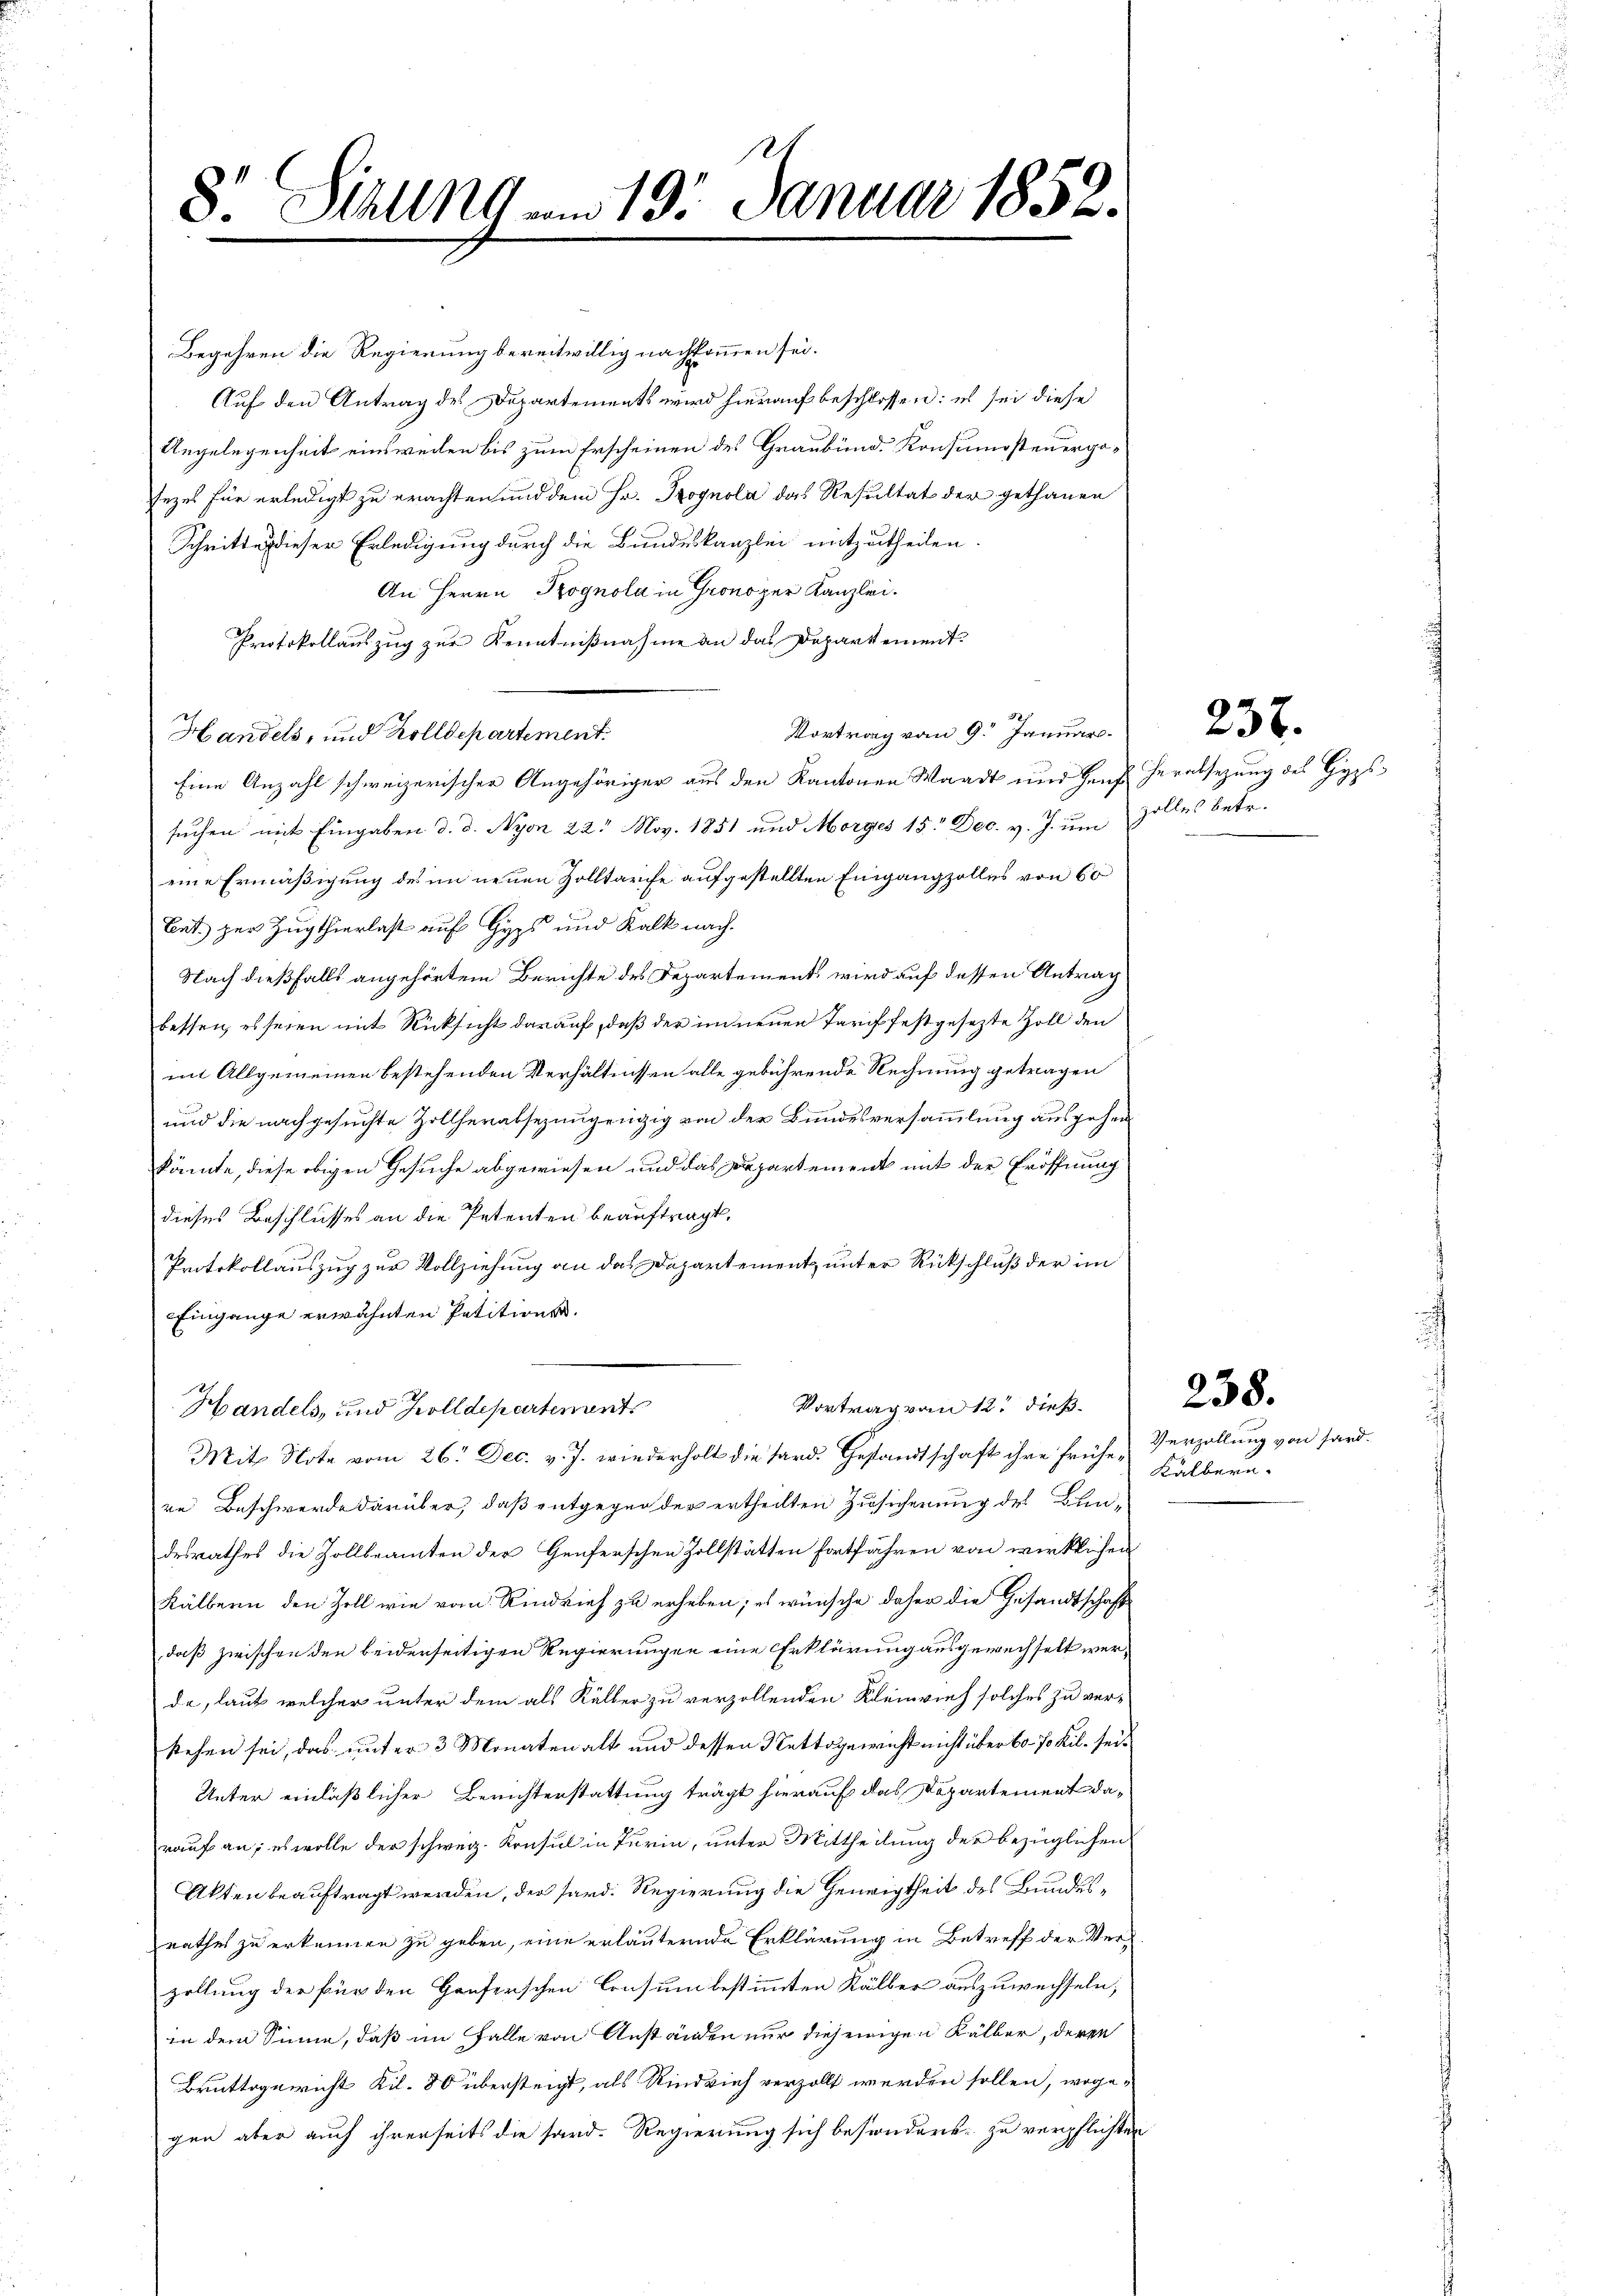
Ns
8 Sihl vom 19. Januar 1852.

Begehren die Regierung bereitwillig nachkommen sei.
Auf den Antrag des Departements wird hierauf beschlossen: es sei diese
Angelegenheit einsweilen bis zum Erscheinen des Graubünde Konsumsteuerposezes für erledigt zu erachten und dem Hr. Prognola das Resultat der gethanen
Schritten dieser Erledigung durch die Bundeskanzlei mitzutheilen.
An Herrn Rognola in Grono per Kanzlei.
Protokollauszug zur Kenntnißnahme an das Departement
Vortrag vom 9. Januar
Handels, und Zolldepartement.
Eine Anzahl schweizerischer Angehöriger aus den Kantonen Waadt und Heut herabsetzung des Hypssuchen mit Eingaben d. d. Nyon 22. Nov. 1851 und Morges 15. Dec. v. J. um Zolles betr.
eine Ermäßigung des im neuen Zolltarife aufgestellten Eingang zolles von 60
Ent. zur Zugthierlast auf Gyps und Kalk nach
Nach dießfalls angehörtem Berichte des Departement wird auf dessen Antrag
bessen, es seien mit Rücksicht darauf, daß der innenen Tarif festgesezte Zoll den
mit Allgemeinen bestehenden Verhältnissen alle gebührende Rechnung getragen
und die nachgesuchte Zollherabsezungengig von der Bundesversammlung ausgehen
könnte, diese obigen Gesuche abgewiesen und das Departement mit der Eröffnung
dieses Beschlusses an die Petenten beauftragt,
Protokollauszug zur Vollziehung an das Departement, unter Rückschluß der im
Eingange erwähnten Petitions.
Vortrag von 12t dieß.
Handels, und Zolldepartement
Mit Note vom 26. Dec. v. J. wiederholt die Hard. Gestandtschaft ihre frühe & Verzallung von sandre Beschwerde darüber, daß entgegen der ertheilten Zusicherung des Bundesrathes die Zollbeamten der Genferschen Zollstätten fortfahren von wirklichen
Kälbern den Zoll wie vom Rindvieh zu erheben; es wünsche daher die Gesandtschaft
daß zwischen den beiderseitigen Regierungen eine Erklärung ausgewechselt werde, laut welcher unter dem als Kälter zu verzollenden Kleinvieh solches zu verstehen sei, das unter 3 Monaten alt und dessen Nettogewicht nicht über 60. 70 Kil. sei¬
Unter einläßlicher Berichterstattung trägt hierauf das Departement darauf an; es wolle der schweiz. Konsul in Turin, unter Mittheilung der bezüglichen
Akten beauftragt werden, der sard. Regierung die Geneigtheit des Bundesrathes zu erkennen zu geben, eine erläuternde Erklärung in Betreff der Verzellung der für den Hauserschen Consum bestimmten Kälber auszuwechseln,
in dem Sinne, daß im Falle von Anständen nur diejenigen Kälber, deren
Bruttogericht Kil. 80 übersteigt, als Rindvieh verzollt werden sollen, wogegen aber auch ihrerseits die sand. Regierung sich besondere zu verpflichten

237.

Kälbern.

238.